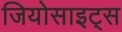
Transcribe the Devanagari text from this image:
जियोसाइट्स